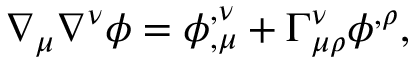
\nabla _ { \mu } \nabla ^ { \nu } \phi = \phi _ { , \mu } ^ { , \nu } + \Gamma _ { \mu \rho } ^ { \nu } \phi ^ { , \rho } ,